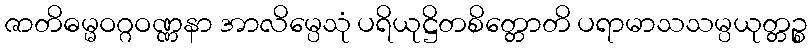
ဇာတိဓမ္မဝဂ္ဂဝဏ္ဏနာ အာလိမ္ပေသုံ ပရိယုဋ္ဌိတစိတ္တောတိ ပရာမာသသမ္ပယုတ္တဉ္စ